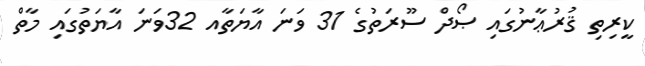
ކީރިތި ޤުރުޢާނުގައި ޞޯދް ސޫރަތުގެ 31 ވަނަ އާޔަތާއ 32ވަނަ އާޔަތުގައި މާތް